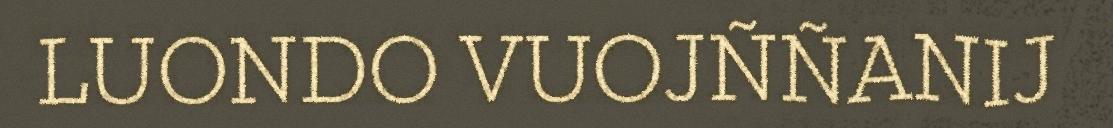
LUONDO VUOJÑÑANIJ